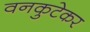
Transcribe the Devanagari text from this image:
वनकुटेकर